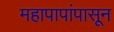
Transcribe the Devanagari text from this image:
महापापांपासून